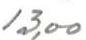
13,00